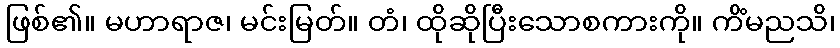
ဖြစ်၏။ မဟာရာဇ၊ မင်းမြတ်။ တံ၊ ထိုဆိုပြီးသောစကားကို။ ကိံမညသိ၊